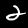
Label: 2